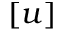
[ u ]